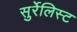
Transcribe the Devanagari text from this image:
सुर्रेलिस्ट